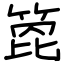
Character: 箆